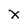
Character: X